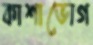
কাশাভোগ